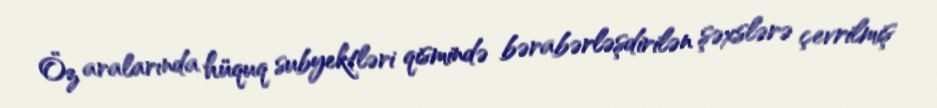
Öz aralarında hüquq subyektləri qismində bərabərləşdirilən şəxslərə çevrilmiş